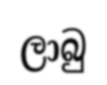
ලාබු